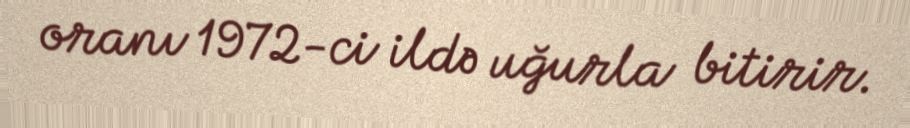
oranı 1972-ci ildə uğurla bitirir.